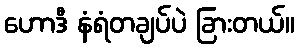
ဟောဒီ နံရံတချပ်ပဲ ခြားတယ်။